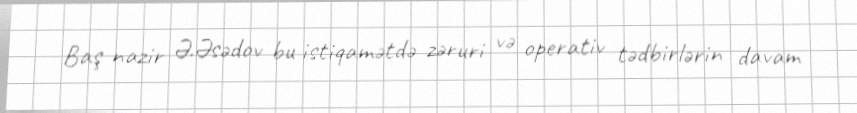
Baş nazir Ə.Əsədov bu istiqamətdə zəruri və operativ tədbirlərin davam